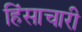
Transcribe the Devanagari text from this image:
हिंसाचारी